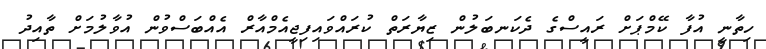
ހިތާނީ އުފާ ކޭމްޕަށް ރައީސްގެ ދެކަނބަލުން ޒިޔާރަތް ކުރައްވައިފިޖީއެމްއާރް އެއްބަސްވުން އުވާލުމަށް ތާއިދު